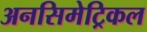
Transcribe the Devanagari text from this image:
अनसिमेट्रिकल